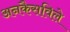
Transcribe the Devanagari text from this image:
अनकैसविले